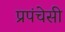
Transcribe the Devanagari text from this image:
प्रपंचेसी